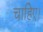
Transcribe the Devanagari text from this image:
चाहिेए।